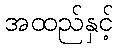
အထည်နှင့်